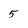
Character: 5